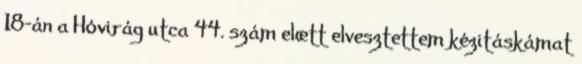
18-án a Hóvirág utca 44. szám elœtt elvesztettem kézitáskámat